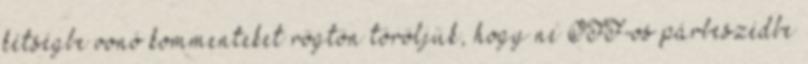
kétségbe vonó kommenteket rögtön töröljük, hogy ne OFF-os párbeszédbe